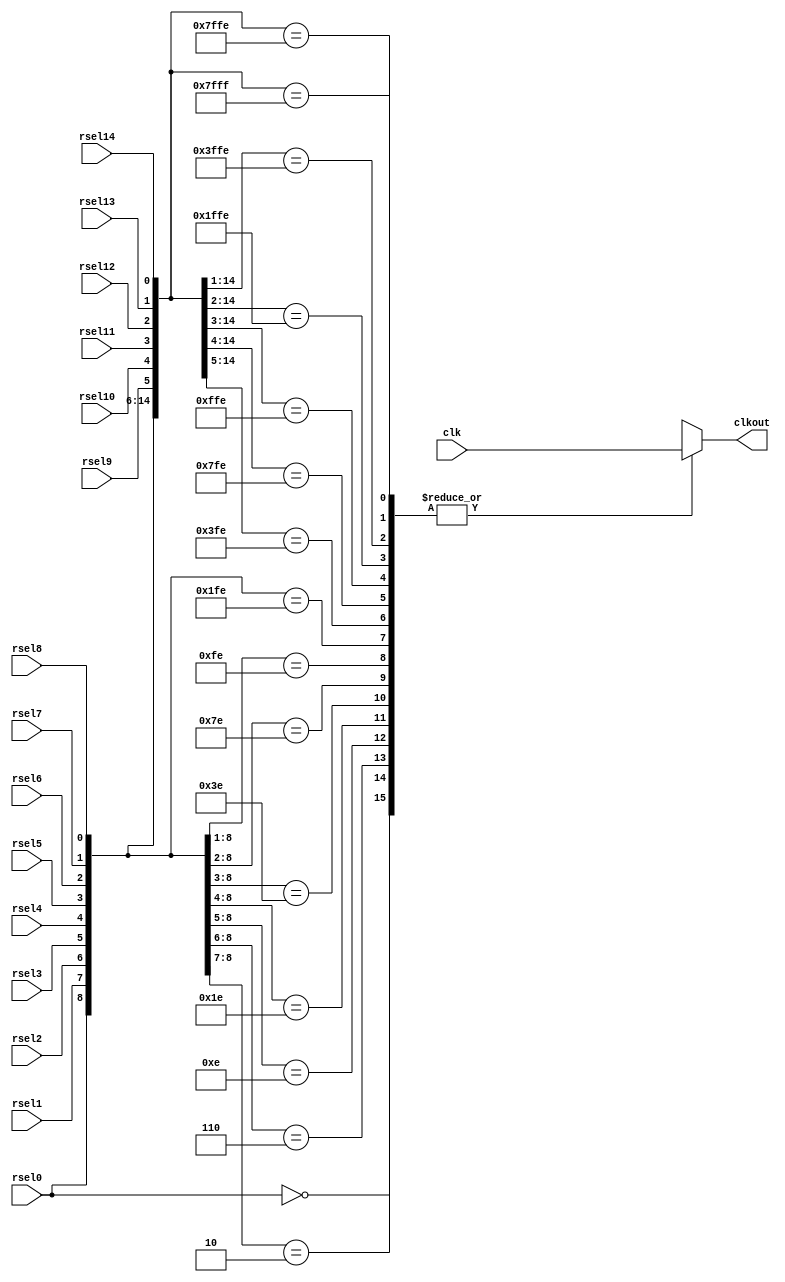
// SPDX-License-Identifier: Apache-2.0
// Copyright (C) 2019 Intel Corporation. All rights reserved
module hdpldadapt_cmn_clkdelay_cell
(
        output  reg   	clkout,
	input	wire 	rsel0,
	input	wire 	rsel1,
	input	wire 	rsel2,
	input	wire 	rsel3,
	input	wire 	rsel4,
	input	wire 	rsel5,
	input	wire 	rsel6,
	input	wire 	rsel7,
	input	wire 	rsel8,
	input	wire 	rsel9,
	input	wire 	rsel10,
	input	wire 	rsel11,
	input	wire 	rsel12,
	input	wire 	rsel13,
	input	wire 	rsel14,
        input   wire   	clk
);

	wire	clk_delay0;
	wire	clk_delay1;
	wire	clk_delay2;
	wire	clk_delay3;
	wire	clk_delay4;
	wire	clk_delay5;
	wire	clk_delay6;
	wire	clk_delay7;
	wire	clk_delay8;
	wire	clk_delay9;
	wire	clk_delay10;
	wire	clk_delay11;
	wire	clk_delay12;
	wire	clk_delay13;
	wire	clk_delay14;
	wire	clk_delay15;

        assign clk_delay0 = clk;
        assign clk_delay1 = clk;
        assign clk_delay2 = clk;
        assign clk_delay3 = clk;
        assign clk_delay4 = clk;
        assign clk_delay5 = clk;
        assign clk_delay6 = clk;
        assign clk_delay7 = clk;
        assign clk_delay8 = clk;
        assign clk_delay9 = clk;
        assign clk_delay10 = clk;
        assign clk_delay11 = clk;
        assign clk_delay12 = clk;
        assign clk_delay13 = clk;
        assign clk_delay14 = clk;
        assign clk_delay15 = clk;

always @*
begin
        casez({rsel0,rsel1,rsel2,rsel3,rsel4,rsel5,rsel6,rsel7,rsel8,rsel9,rsel10,rsel11,rsel12,rsel13,rsel14})
            15'b0??_????_????_????:	clkout = clk_delay0;
            15'b10?_????_????_????:	clkout = clk_delay1;
            15'b110_????_????_????:	clkout = clk_delay2;
            15'b111_0???_????_????:	clkout = clk_delay3;
            15'b111_10??_????_????:	clkout = clk_delay4;
            15'b111_110?_????_????:	clkout = clk_delay5;
            15'b111_1110_????_????:	clkout = clk_delay6;
            15'b111_1111_0???_????:	clkout = clk_delay7;
            15'b111_1111_10??_????:	clkout = clk_delay8;
            15'b111_1111_110?_????:	clkout = clk_delay9;
            15'b111_1111_1110_????:	clkout = clk_delay10;
            15'b111_1111_1111_0???:	clkout = clk_delay11;
            15'b111_1111_1111_10??:	clkout = clk_delay12;
            15'b111_1111_1111_110?:	clkout = clk_delay13;
            15'b111_1111_1111_1110:	clkout = clk_delay14;
            15'b111_1111_1111_1111:	clkout = clk_delay15;
            default	clkout = clk;
        endcase

end


endmodule // hdpldadapt_cmn_clkdelay_cell